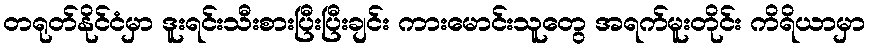
တရုတ်နိုင်ငံမှာ ဒူးရင်းသီးစားပြီးပြီးချင်း ကားမောင်းသူတွေ အရက်မူးတိုင်း ကိရိယာမှာ